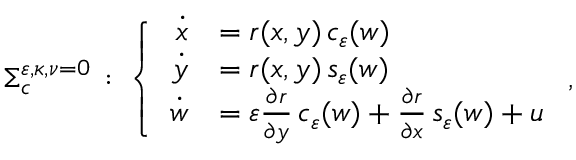
\begin{array} { r } { \Sigma _ { c } ^ { \varepsilon { , \kappa } , \nu = 0 } \, : \, \left\{ \begin{array} { r l } { \dot { x } } & { = r ( x , y ) \, c _ { \varepsilon } ( w ) } \\ { \dot { y } } & { = r ( x , y ) \, s _ { \varepsilon } ( w ) } \\ { \dot { w } } & { = \varepsilon \frac { \partial r } { \partial y } \, c _ { \varepsilon } ( w ) + \frac { \partial r } { \partial x } \, s _ { \varepsilon } ( w ) + u } \end{array} \right. , } \end{array}